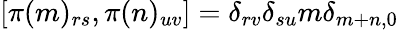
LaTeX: [\pi(m)_{rs},\pi(n)_{uv}]=\delta_{rv}\delta_{su}m\delta_{m+n,0}